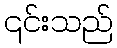
၎င်းသည်